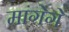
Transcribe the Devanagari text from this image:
मांगेगें